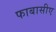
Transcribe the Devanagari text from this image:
फाबासीए